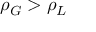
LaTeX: \rho _ { G } > \rho _ { L }